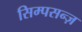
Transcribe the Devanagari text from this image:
सिम्पसन्ज़